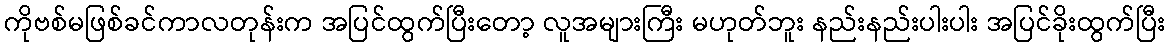
ကိုဗစ်မဖြစ်ခင်ကာလတုန်းက အပြင်ထွက်ပြီးတော့ လူအများကြီး မဟုတ်ဘူး နည်းနည်းပါးပါး အပြင်ခိုးထွက်ပြီး